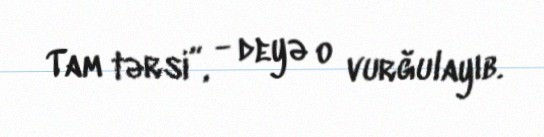
Tam tərsi”, - deyə o vurğulayıb.